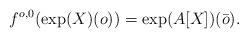
LaTeX: \begin{align*}f^{o,0}(\exp(X)(o)) = \exp(A[X])(\bar o) .\end{align*}